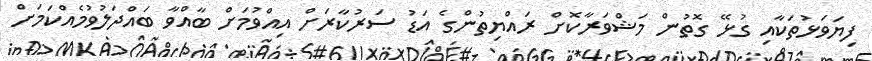
ފިޔަވަޅުތަކާއި ގުޅޭ ގޮތުން މަޝްވަރާކޮށް ރައްޔިތުންގެ އަޑު ސަރުކާރަށް އިއްވުމަށް ބާއްވާ ބައްދަލުވުމެއްކަމަށް